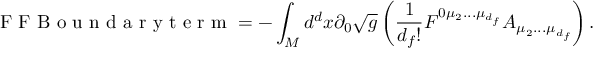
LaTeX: \textnormal { F F B o u n d a r y t e r m } = - \int _ { \cal M } d ^ { d } x \partial _ { 0 } \sqrt g \left( \frac { 1 } { d _ { f } ! } F ^ { 0 \mu _ { 2 } . . . \mu _ { d _ { f } } } A _ { \mu _ { 2 } . . . \mu _ { d _ { f } } } \right) .